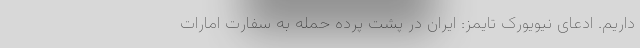
داریم. ادعای نیویورک تایمز: ایران در پشت پرده حمله به سفارت امارات